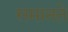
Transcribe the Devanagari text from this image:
समानते